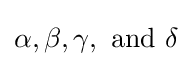
\alpha ,\beta ,\gamma ,{\text{ and }}\delta